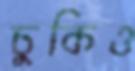
চুকিও